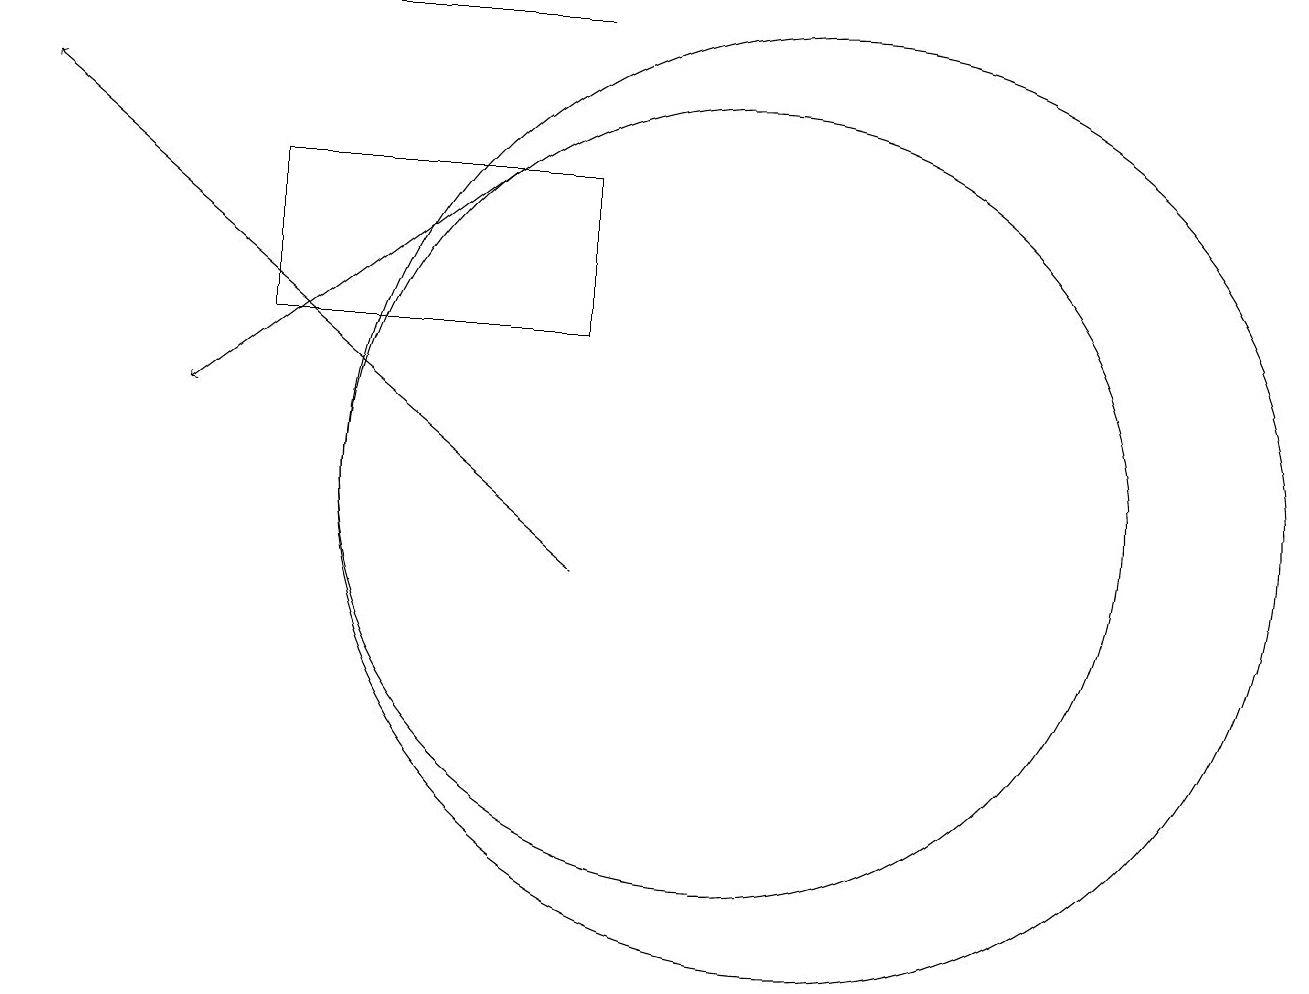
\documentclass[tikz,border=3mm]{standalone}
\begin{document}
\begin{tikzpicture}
\draw[->] (8,17) -- (4,17);
\draw (11,11) circle (6);
\draw[->] (7,15) -- (3,12);
\draw[->] (8,10) -- (1,16);
\draw (4,15) rectangle (8,13);
\draw (10,11) circle (5);
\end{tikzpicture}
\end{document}